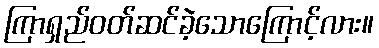
ကြာရှည်ဝတ်ဆင်ခဲ့သောကြောင့်လား။